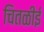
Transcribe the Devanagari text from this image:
चितळीई